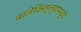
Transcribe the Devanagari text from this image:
बालेकिल्ल्यामध्ये